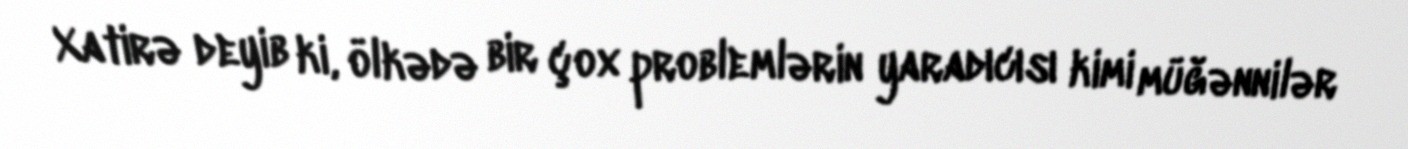
Xatirə deyib ki, ölkədə bir çox problemlərin yaradıcısı kimi müğənnilər